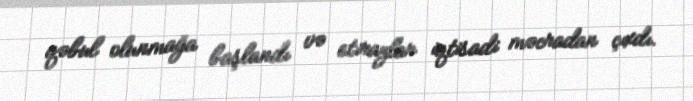
qəbul olunmağa başlandı və etirazlar iqtisadi məcradan çıxdı.